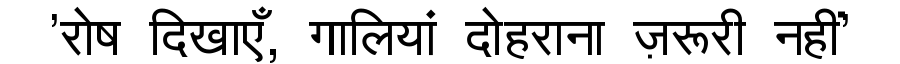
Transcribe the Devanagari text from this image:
'रोष दिखाएँ, गालियां दोहराना ज़रूरी नहीं'